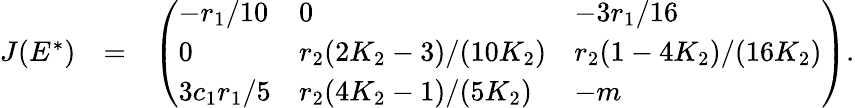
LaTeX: \begin{array}{rlr}{J(E^{*})}&{=}&{\left(\begin{array}{lll}{-r_{1}/10}&{0}&{-3r_{1}/16}\\ {0}&{r_{2}(2K_{2}-3)/(10K_{2})}&{r_{2}(1-4K_{2})/(16K_{2})}\\ {3c_{1}r_{1}/5}&{r_{2}(4K_{2}-1)/(5K_{2})}&{-m}\end{array}\right).}\end{array}